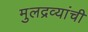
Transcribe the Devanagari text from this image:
मुलद्रव्यांची